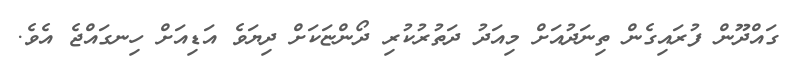
ގައްދޫން ފުރައިގެން ތިނަދުއަށް މިއަދު ދަތުރުކުރި ދޯންޏަކަށް ދިޔަވެ އަޑިއަށް ހިނގައްޖެ އެވެ.